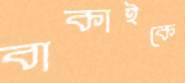
বাকাইকে